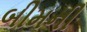
બીમની